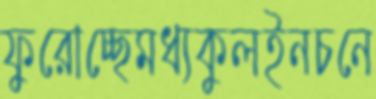
ফুরোচ্ছেমধ্যকুলইনচনে